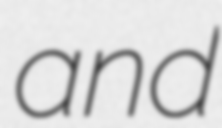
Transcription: and